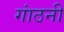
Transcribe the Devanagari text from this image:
गांठनी